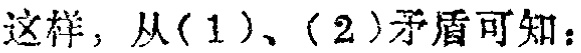
这样，从(1)、(2)矛盾可知：